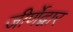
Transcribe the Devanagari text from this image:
जीर्णेद्वार